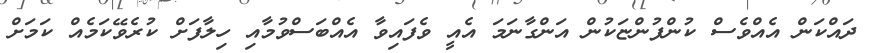
ދައްކަން އެއްވެސް ކުންފުންޏަކުން އަންގާނަމަ އެއީ ވެފައިވާ އެއްބަސްވުމާއި ހިލާފަށް ކުރެވޭކަމެއް ކަމަށް